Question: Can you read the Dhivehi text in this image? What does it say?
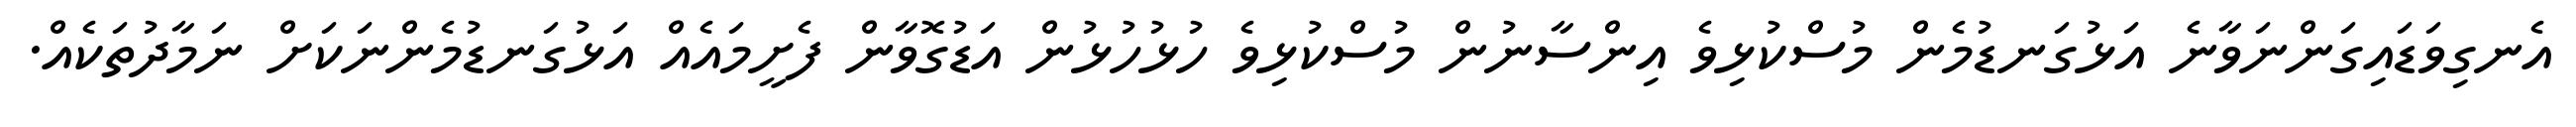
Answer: އެނގިވަޑައިގަންނަވާނެ އަޅުގަނޑުމެން މުސްކުޅިވެ އިންސާނުން މުސްކުޅިވެ ހުޅުހުޅުން އަޑުގޮވާން ފެށީމައެއް އަޅުގަނޑުމެންނަކަށް ނަމާދުތަކެއް.